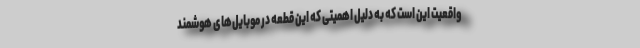
واقعیت این است که به دلیل اهمیتی که این قطعه در موبایل‌های هوشمند